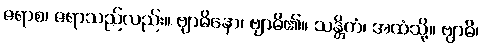
ဇရာစ၊ ဇရာသည်လည်း။ ဗျာဓိနော၊ ဗျာဓိ၏။ သန္တိကံ၊ အထံသို့။ ဗျာဓိ၊